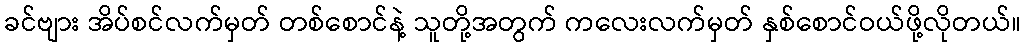
ခင်ဗျား အိပ်စင်လက်မှတ် တစ်စောင်နဲ့ သူတို့အတွက် ကလေးလက်မှတ် နှစ်စောင်ဝယ်ဖို့လိုတယ်။